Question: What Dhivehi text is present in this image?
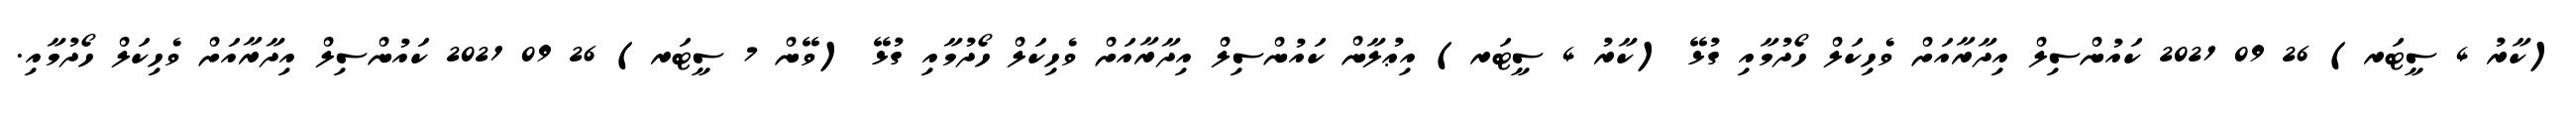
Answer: (ކާރު 4 ސީޓަރ) 26 09 2021 ކައުންސިލް އިދާރާއަށް ވެހިކަލް ހޯދުމާއި ގުޅޭ (ކާރު 4 ސީޓަރ) އިޢުލާން ކައުންސިލް އިދާރާއަށް ވެހިކަލް ހޯދުމާއި ގުޅޭ (ވޭން 7 ސީޓަރ) 26 09 2021 ކައުންސިލް އިދާރާއަށް ވެހިކަލް ހޯދުމާއި.